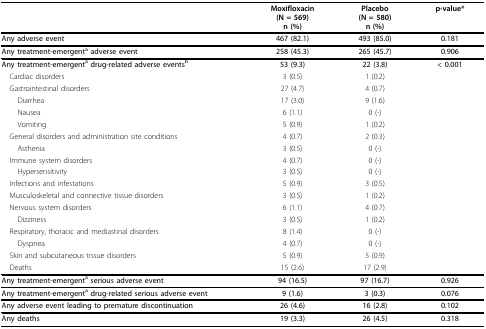
<table><thead><tr><td></td><td><b>Moxifloxacin(N = 569)n (%)</b></td><td><b>Placebo(N = 580)n (%)</b></td><td><b>p-value*</b></td></tr></thead><tbody><tr><td><b>Any adverse event</b></td><td><b>467 (82.1)</b></td><td><b>493 (85.0)</b></td><td><b>0.181</b></td></tr><tr><td><b>Any treatment-emergent<sup>a </sup>adverse event</b></td><td><b>258 (45.3)</b></td><td><b>265 (45.7)</b></td><td><b>0.906</b></td></tr><tr><td><b>Any treatment-emergent<sup>a </sup>drug-related adverse events<sup>b</sup></b></td><td><b>53 (9.3)</b></td><td><b>22 (3.8)</b></td><td><b>&lt; 0.001</b></td></tr><tr><td> Cardiac disorders</td><td>3 (0.5)</td><td>1 (0.2)</td><td></td></tr><tr><td> Gastrointestinal disorders</td><td>27 (4.7)</td><td>4 (0.7)</td><td></td></tr><tr><td>Diarrhea</td><td>17 (3.0)</td><td>9 (1.6)</td><td></td></tr><tr><td>Nausea</td><td>6 (1.1)</td><td>0 (-)</td><td></td></tr><tr><td>Vomiting</td><td>5 (0.9)</td><td>1 (0.2)</td><td></td></tr><tr><td> General disorders and administration site conditions</td><td>4 (0.7)</td><td>2 (0.3)</td><td></td></tr><tr><td>Asthenia</td><td>3 (0.5)</td><td>0 (-)</td><td></td></tr><tr><td> Immune system disorders</td><td>4 (0.7)</td><td>0 (-)</td><td></td></tr><tr><td>Hypersensitivity</td><td>3 (0.5)</td><td>0 (-)</td><td></td></tr><tr><td> Infections and infestations</td><td>5 (0.9)</td><td>3 (0.5)</td><td></td></tr><tr><td> Musculoskeletal and connective tissue disorders</td><td>3 (0.5)</td><td>1 (0.2)</td><td></td></tr><tr><td> Nervous system disorders</td><td>6 (1.1)</td><td>4 (0.7)</td><td></td></tr><tr><td>Dizziness</td><td>3 (0.5)</td><td>1 (0.2)</td><td></td></tr><tr><td> Respiratory, thoracic and mediastinal disorders</td><td>8 (1.4)</td><td>0 (-)</td><td></td></tr><tr><td>Dyspnea</td><td>4 (0.7)</td><td>0 (-)</td><td></td></tr><tr><td> Skin and subcutaneous tissue disorders</td><td>5 (0.9)</td><td>5 (0.9)</td><td></td></tr><tr><td> Deaths</td><td>15 (2.6)</td><td>17 (2.9)</td><td></td></tr><tr><td><b>Any treatment-emergent<sup>a </sup>serious adverse event</b></td><td><b>94 (16.5)</b></td><td><b>97 (16.7)</b></td><td><b>0.926</b></td></tr><tr><td><b>Any treatment-emergent<sup>a </sup>drug-related serious adverse event</b></td><td><b>9 (1.6)</b></td><td><b>3 (0.3)</b></td><td><b>0.076</b></td></tr><tr><td><b>Any adverse event leading to premature discontinuation</b></td><td><b>26 (4.6)</b></td><td><b>16 (2.8)</b></td><td><b>0.102</b></td></tr><tr><td><b>Any deaths</b></td><td><b>19 (3.3)</b></td><td><b>26 (4.5)</b></td><td><b>0.318</b></td></tr></tbody></table>